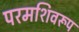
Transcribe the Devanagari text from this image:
परमशिवरूप